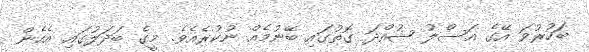
ބަހުރުވަ އޭގެ އަސްލު ޝުއްދަ ގޮތުގައި ބޭނުމެއް ނުކުރެއެވެ. މީގެ ބަދަލުގައި އެހެން